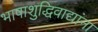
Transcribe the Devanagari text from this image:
भाषाशुद्धिवाद्यांना